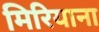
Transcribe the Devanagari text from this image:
मिरियाना